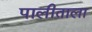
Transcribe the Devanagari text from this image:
पालीताला